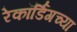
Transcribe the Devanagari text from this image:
रेकॉर्डिंगच्या